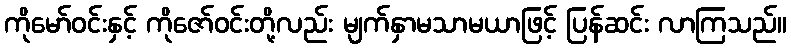
ကိုမော်ဝင်းနှင့် ကိုဇော်ဝင်းတို့လည်း မျက်နှာမသာမယာဖြင့် ပြန်ဆင်း လာကြသည်။